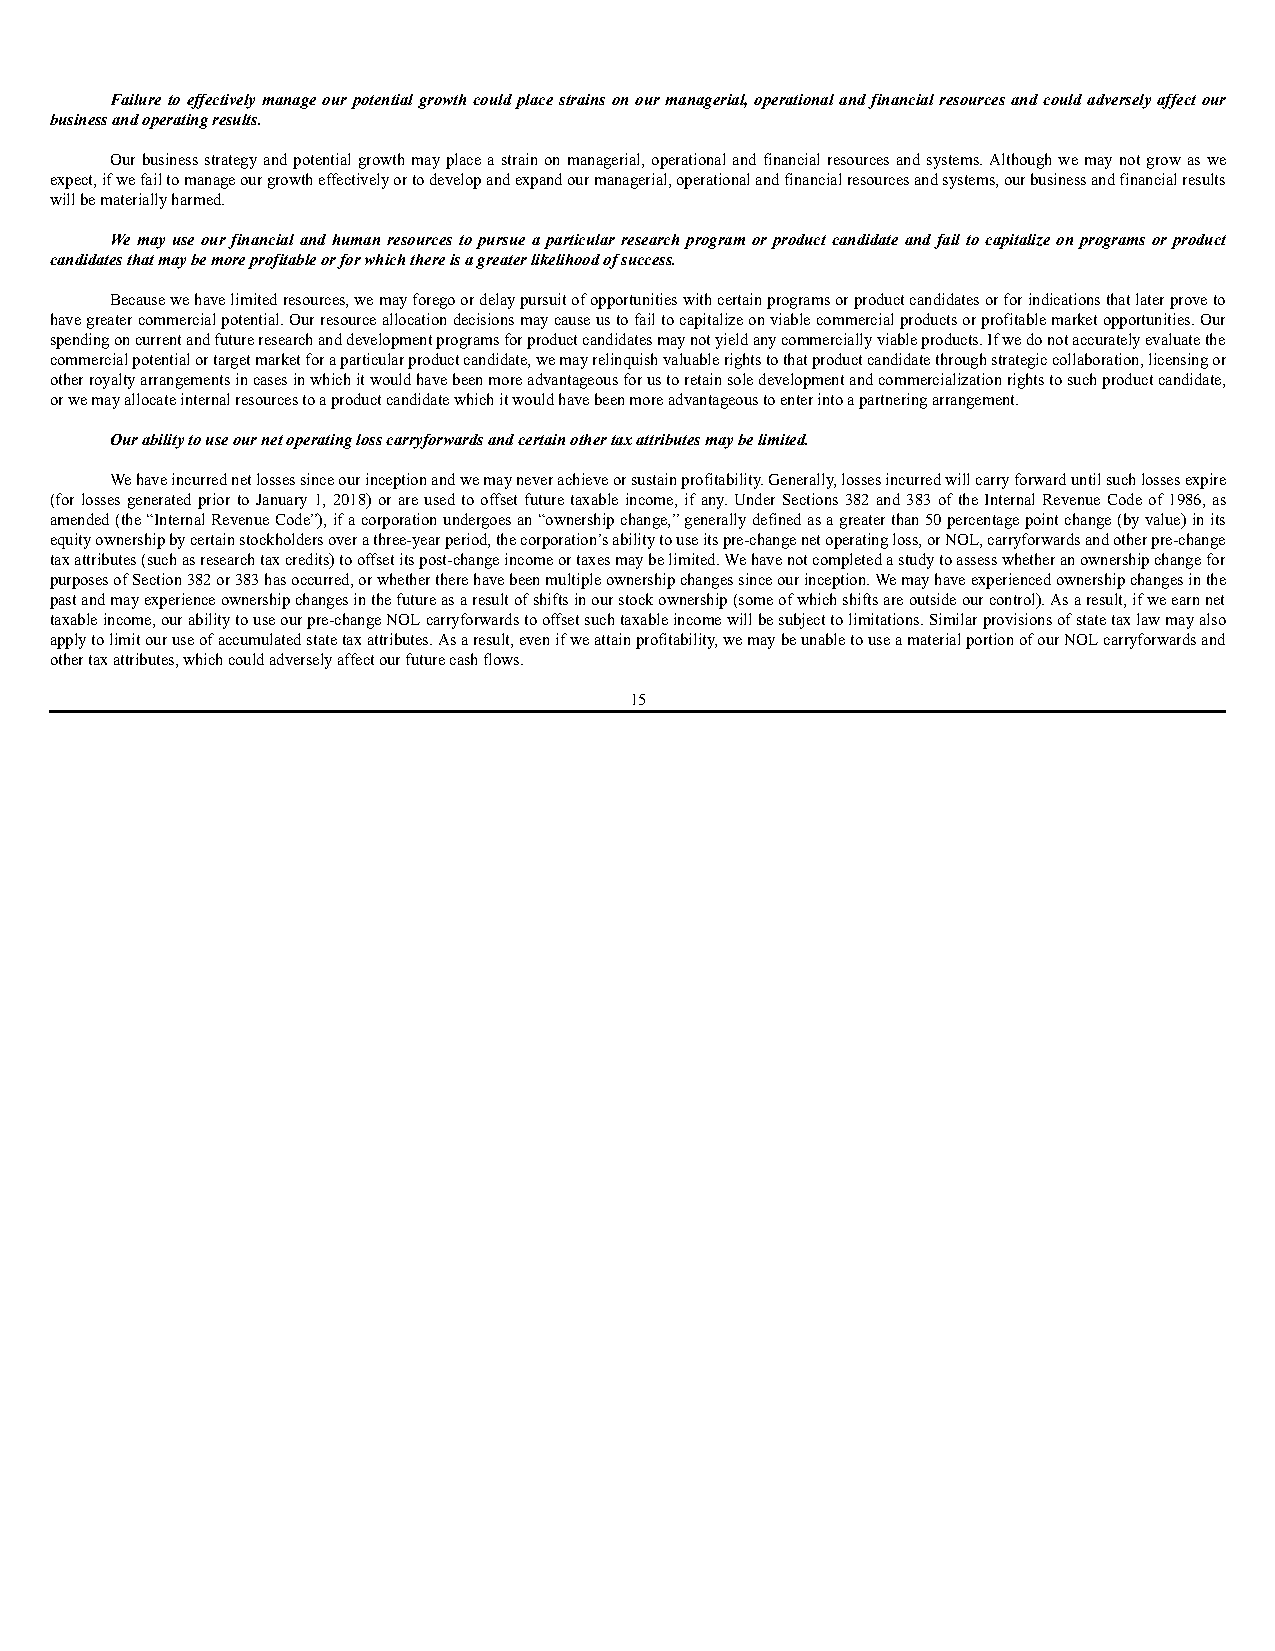
Failure to effectively manage our potential growth could place strains on our managerial, operational and financial resources and could adversely affect our
 business and operating results.
 Our business strategy and potential growth may place a strain on managerial, operational and financial resources and systems. Although we may not grow as we
 expect, if we fail to manage our growth effectively or to develop and expand our managerial, operational and financial resources and systems, our business and financial results
 will be materially harmed.
 We may use our financial and human resources to pursue a particular research program or product candidate and fail to capitalize on programs or product
 candidates that may be more profitable or for which there is a greater likelihood of success.
 Because we have limited resources, we may forego or delay pursuit of opportunities with certain programs or product candidates or for indications that later prove to
 have greater commercial potential. Our resource allocation decisions may cause us to fail to capitalize on viable commercial products or profitable market opportunities. Our
 spending on current and future research and development programs for product candidates may not yield any commercially viable products. If we do not accurately evaluate the
 commercial potential or target market for a particular product candidate, we may relinquish valuable rights to that product candidate through strategic collaboration, licensing or
 other royalty arrangements in cases in which it would have been more advantageous for us to retain sole development and commercialization rights to such product candidate,
 or we may allocate internal resources to a product candidate which it would have been more advantageous to enter into a partnering arrangement.
 Our ability to use our net operating loss carryforwards and certain other tax attributes may be limited.
 We have incurred net losses since our inception and we may never achieve or sustain profitability. Generally, losses incurred will carry forward until such losses expire
 (for losses generated prior to January 1, 2018) or are used to offset future taxable income, if any. Under Sections 382 and 383 of the Internal Revenue Code of 1986, as
 amended (the “Internal Revenue Code”), if a corporation undergoes an “ownership change,” generally defined as a greater than 50 percentage point change (by value) in its
 equity ownership by certain stockholders over a three-year period, the corporation’s ability to use its pre-change net operating loss, or NOL, carryforwards and other pre-change
 tax attributes (such as research tax credits) to offset its post-change income or taxes may be limited. We have not completed a study to assess whether an ownership change for
 purposes of Section 382 or 383 has occurred, or whether there have been multiple ownership changes since our inception. We may have experienced ownership changes in the
 past and may experience ownership changes in the future as a result of shifts in our stock ownership (some of which shifts are outside our control). As a result, if we earn net
 taxable income, our ability to use our pre-change NOL carryforwards to offset such taxable income will be subject to limitations. Similar provisions of state tax law may also
 apply to limit our use of accumulated state tax attributes. As a result, even if we attain profitability, we may be unable to use a material portion of our NOL carryforwards and
 other tax attributes, which could adversely affect our future cash flows.
 15